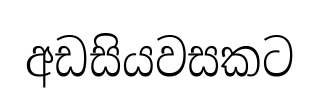
අඩසියවසකට